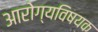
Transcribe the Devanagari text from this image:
अारोग्यविषयक